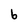
Character: 6